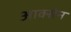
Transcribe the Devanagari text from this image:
आक्सेन